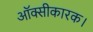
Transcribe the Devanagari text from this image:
ऑक्सीकारक।